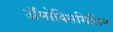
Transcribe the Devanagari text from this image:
ॲमोक्सिसिलिन